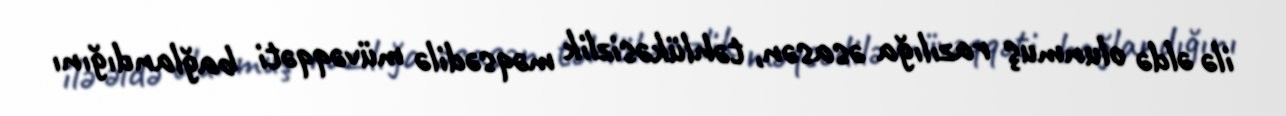
ilə əldə olunmuş razılığa əsasən, təhlükəsizlik məqsədilə müvəqqəti bağlandığını